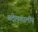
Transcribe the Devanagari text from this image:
चदेलकालीन